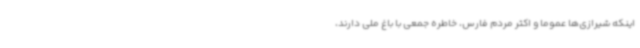
اینکه شیرازی‌ها عموما و اکثر مردم فارس، خاطره جمعی با باغ ملی دارند،